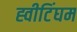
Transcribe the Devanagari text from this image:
ह्वीटिंघम